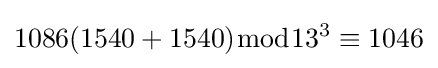
1086(1540+1540){\bmod {13^{3}}}\equiv 1046